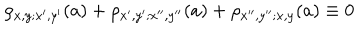
LaTeX: \rho _ { x , y ; x ^ { \prime } , y ^ { \prime } } ( a ) + \rho _ { x ^ { \prime } , y ^ { \prime } ; x ^ { \prime \prime } , y ^ { \prime \prime } } ( a ) + \rho _ { x ^ { \prime \prime } , y ^ { \prime \prime } ; x , y } ( a ) \equiv 0